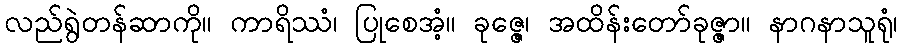
လည်ရွဲတန်ဆာကို။ ကာရိဿံ၊ ပြုစေအံ့။ ခုဇ္ဇေ၊ အထိန်းတော်ခုဇ္ဇာ။ နာဂနာသူရုံ၊